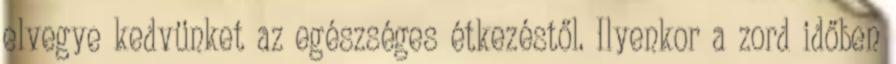
elvegye kedvünket az egészséges étkezéstől. Ilyenkor a zord időben